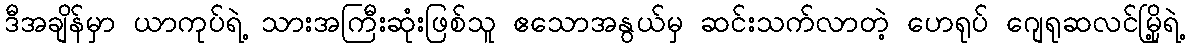
ဒီအချိန်မှာ ယာကုပ်ရဲ့ သားအကြီးဆုံးဖြစ်သူ ဧသောအနွယ်မှ ဆင်းသက်လာတဲ့ ဟေရုပ် ဂျေရုဆလင်မြို့ရဲ့